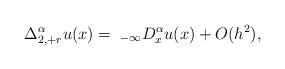
LaTeX: \begin{align*} \Delta_{2,+r}^\alpha u(x) = \;_{-\infty} D_x^\alpha u(x) + O(h^2),\end{align*}